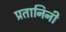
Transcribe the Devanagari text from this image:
प्रतानिनी